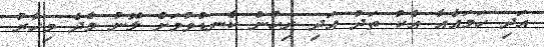
އަދި ހަމައެއާ އެކު ތަދު އަދި ރިހުން ކެނޑުވުމަށް ލޮނު މެދެ މިހާރު